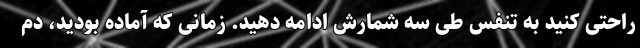
راحتی کنید به تنفس طی سه شمارش ادامه دهید. زمانی که آماده بودید، دم